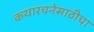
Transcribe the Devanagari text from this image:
कथारचनेसाठीचा